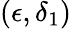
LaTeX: (\epsilon,\delta_{1})